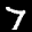
Label: 7